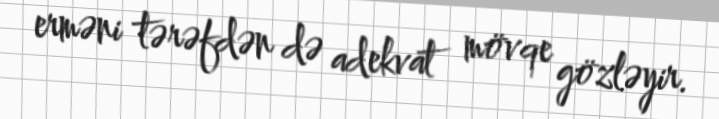
erməni tərəfdən də adekvat mövqe gözləyir.